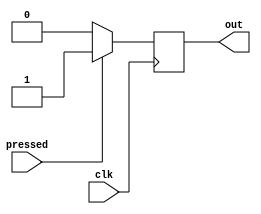
// A few different ways to use buttons on a FPGA development board.

// BUTTON 1 --------------------------------------------------------
// PRESS AND RELEASE OF THE BUTTON SYNCHRONOUSLY (SYNCHRONOUS PRESS AND RELEASE)
module button1_sync_push_release_behavioral (
    input           clk,            // CLOCK
    input           pressed,        // BUTTON IN
    output reg      out);           // PULSE FOR 1 CLOCK CYCLE

    // ALWAYS BLOCK with NON-BLOCKING PROCEDURAL ASSIGNMENT STATEMENT
    always @(posedge clk) begin
            if (pressed) begin          // BUTTON PRESSED
                out <= 1'b1;
            end else begin              //  BUTTON NOT PRESSED
                out <= 1'b0;
            end
    end

endmodule

// BUTTON 2 --------------------------------------------------------
// PULSE HIGH FOR 1 CLOCK CYCLE WHEN BUTTON PRESSED (SYNCHRONOUS PRESS)
module button2_sync_clock_pulse_behavioral (
    input           clk,            // CLOCK
    input           pressed,        // BUTTON IN (YOU CAN HOLD AND RELEASE WHENEVER)
    output reg      out);           // PULSE FOR 1 CLOCK CYCLE

    reg lock = 0;

    // ALWAYS BLOCK with NON-BLOCKING PROCEDURAL ASSIGNMENT STATEMENT
    always @(posedge clk) begin
            if (pressed & ~lock) begin              // BUTTON PRESSED
                lock <= 1'b1;                       // - Lock
                out <= 1'b1;                        // - Pulse
            end else if (~pressed & lock) begin     // RELEASE LOCK
                lock <= 1'b0;
                out <= 1'b0;
            end else begin
                out <= 1'b0;
            end
    end

endmodule

// BUTTON 3 --------------------------------------------------------
// TWO PRESSES - FIRST PRESS HIGH, SECOND PRESS LOW (SYNCHRONOUS PRESSES)
module button3_sync_two_presses_behavioral (
    input           clk,            // CLOCK
    input           pressed,        // BUTTON IN (YOU CAN HOLD AND RELEASE WHENEVER)
    output          out);           // TWO PRESSES

    reg lock = 0;
    reg toggle = 0;

    assign out = toggle;

    // ALWAYS BLOCK with NON-BLOCKING PROCEDURAL ASSIGNMENT STATEMENT
    always @ (posedge clk) begin
        if (pressed & ~lock) begin              // BUTTON PRESSED
            lock <= 1'b1;                       // - Lock
            toggle <= ~toggle;                  // - Toggle
        end else if (~pressed & lock) begin     // WAIT TILL BUTTON RELEASED
            lock <= 1'b0;                       // - Release Lock
        end
    end

endmodule

//************************************************************************************************
// DON'T USE THESE, THE SYNTHSIS TOOL WILL YELL AT YOU. I DESIGNED THEM FOR FUN

// BUTTON 4 --------------------------------------------------------
// PULSE HIGH FOR 1 CLOCK CYCLE WHEN BUTTON PRESSED (ASYNCHRONOUS PRESS)
// DON'T USE - HERE FOR FUN
module button4_async_clock_pulse_behavioral (
    input           clk,            // CLOCK
    input           pressed,        // BUTTON IN (YOU CAN HOLD AND RELEASE WHENEVER)
    output          out);           // PULSE FOR 1 CLOCK CYCLE

    reg was_pressed = 0;
    reg lock = 0;
    reg pre_out = 0;

    assign out = pre_out;

    // ALWAYS BLOCK with NON-BLOCKING PROCEDURAL ASSIGNMENT STATEMENT
    always @(posedge clk or posedge pressed) begin
        if (pressed & ~was_pressed & ~lock) begin       // BUTTON PRESSED - Then forget about it until later
            was_pressed <= 1'b1;
        end else if (was_pressed & ~lock) begin         // OUT HIGH
            lock <= 1;
            was_pressed <= 0;
            pre_out <= 1'b1;
        end else if (lock & out) begin                  // OUT LOW
            pre_out <= 1'b0;
        end else if (~pressed & lock) begin             // WAIT TILL BUTTON RELEASED
            lock <= 1'b0;
        end
    end

endmodule

// BUTTON 5 --------------------------------------------------------
// TWO PRESSES - FIRST PRESS HIGH, SECOND PRESS LOW (ASYNCHRONOUS PRESSES)
// DON'T USE - HERE FOR FUN
module button5_async_two_presses_behavioral (
    input           clk,            // CLOCK
    input           pressed,        // BUTTON IN (YOU CAN HOLD AND RELEASE WHENEVER)
    output          out);           // PULSE FOR 1 CLOCK CYCLE

    reg was_pressed = 0;
    reg lock = 0;
    reg toggle = 0;

    assign out = toggle;

    // ALWAYS BLOCK with NON-BLOCKING PROCEDURAL ASSIGNMENT STATEMENT
    always @(posedge clk or posedge pressed) begin
        if (pressed & ~was_pressed & ~lock) begin       // BUTTON PRESSED - Then forget about it for now
            was_pressed <= 1'b1;
        end else if (was_pressed & ~lock) begin         // OUT HIGH
            toggle <= ~toggle;                          // - toggle
            was_pressed <= 1'b0;
            lock <= 1;
        end else if (~pressed & lock) begin             // WAIT TILL BUTTON RELEASED
            lock <= 1'b0;
        end
    end

endmodule